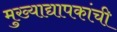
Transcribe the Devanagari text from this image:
मुख्‍याद्यापकांची